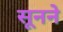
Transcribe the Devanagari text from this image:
सूनने